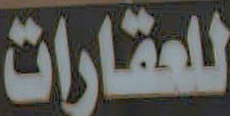
للعقارات